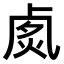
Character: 𠧽